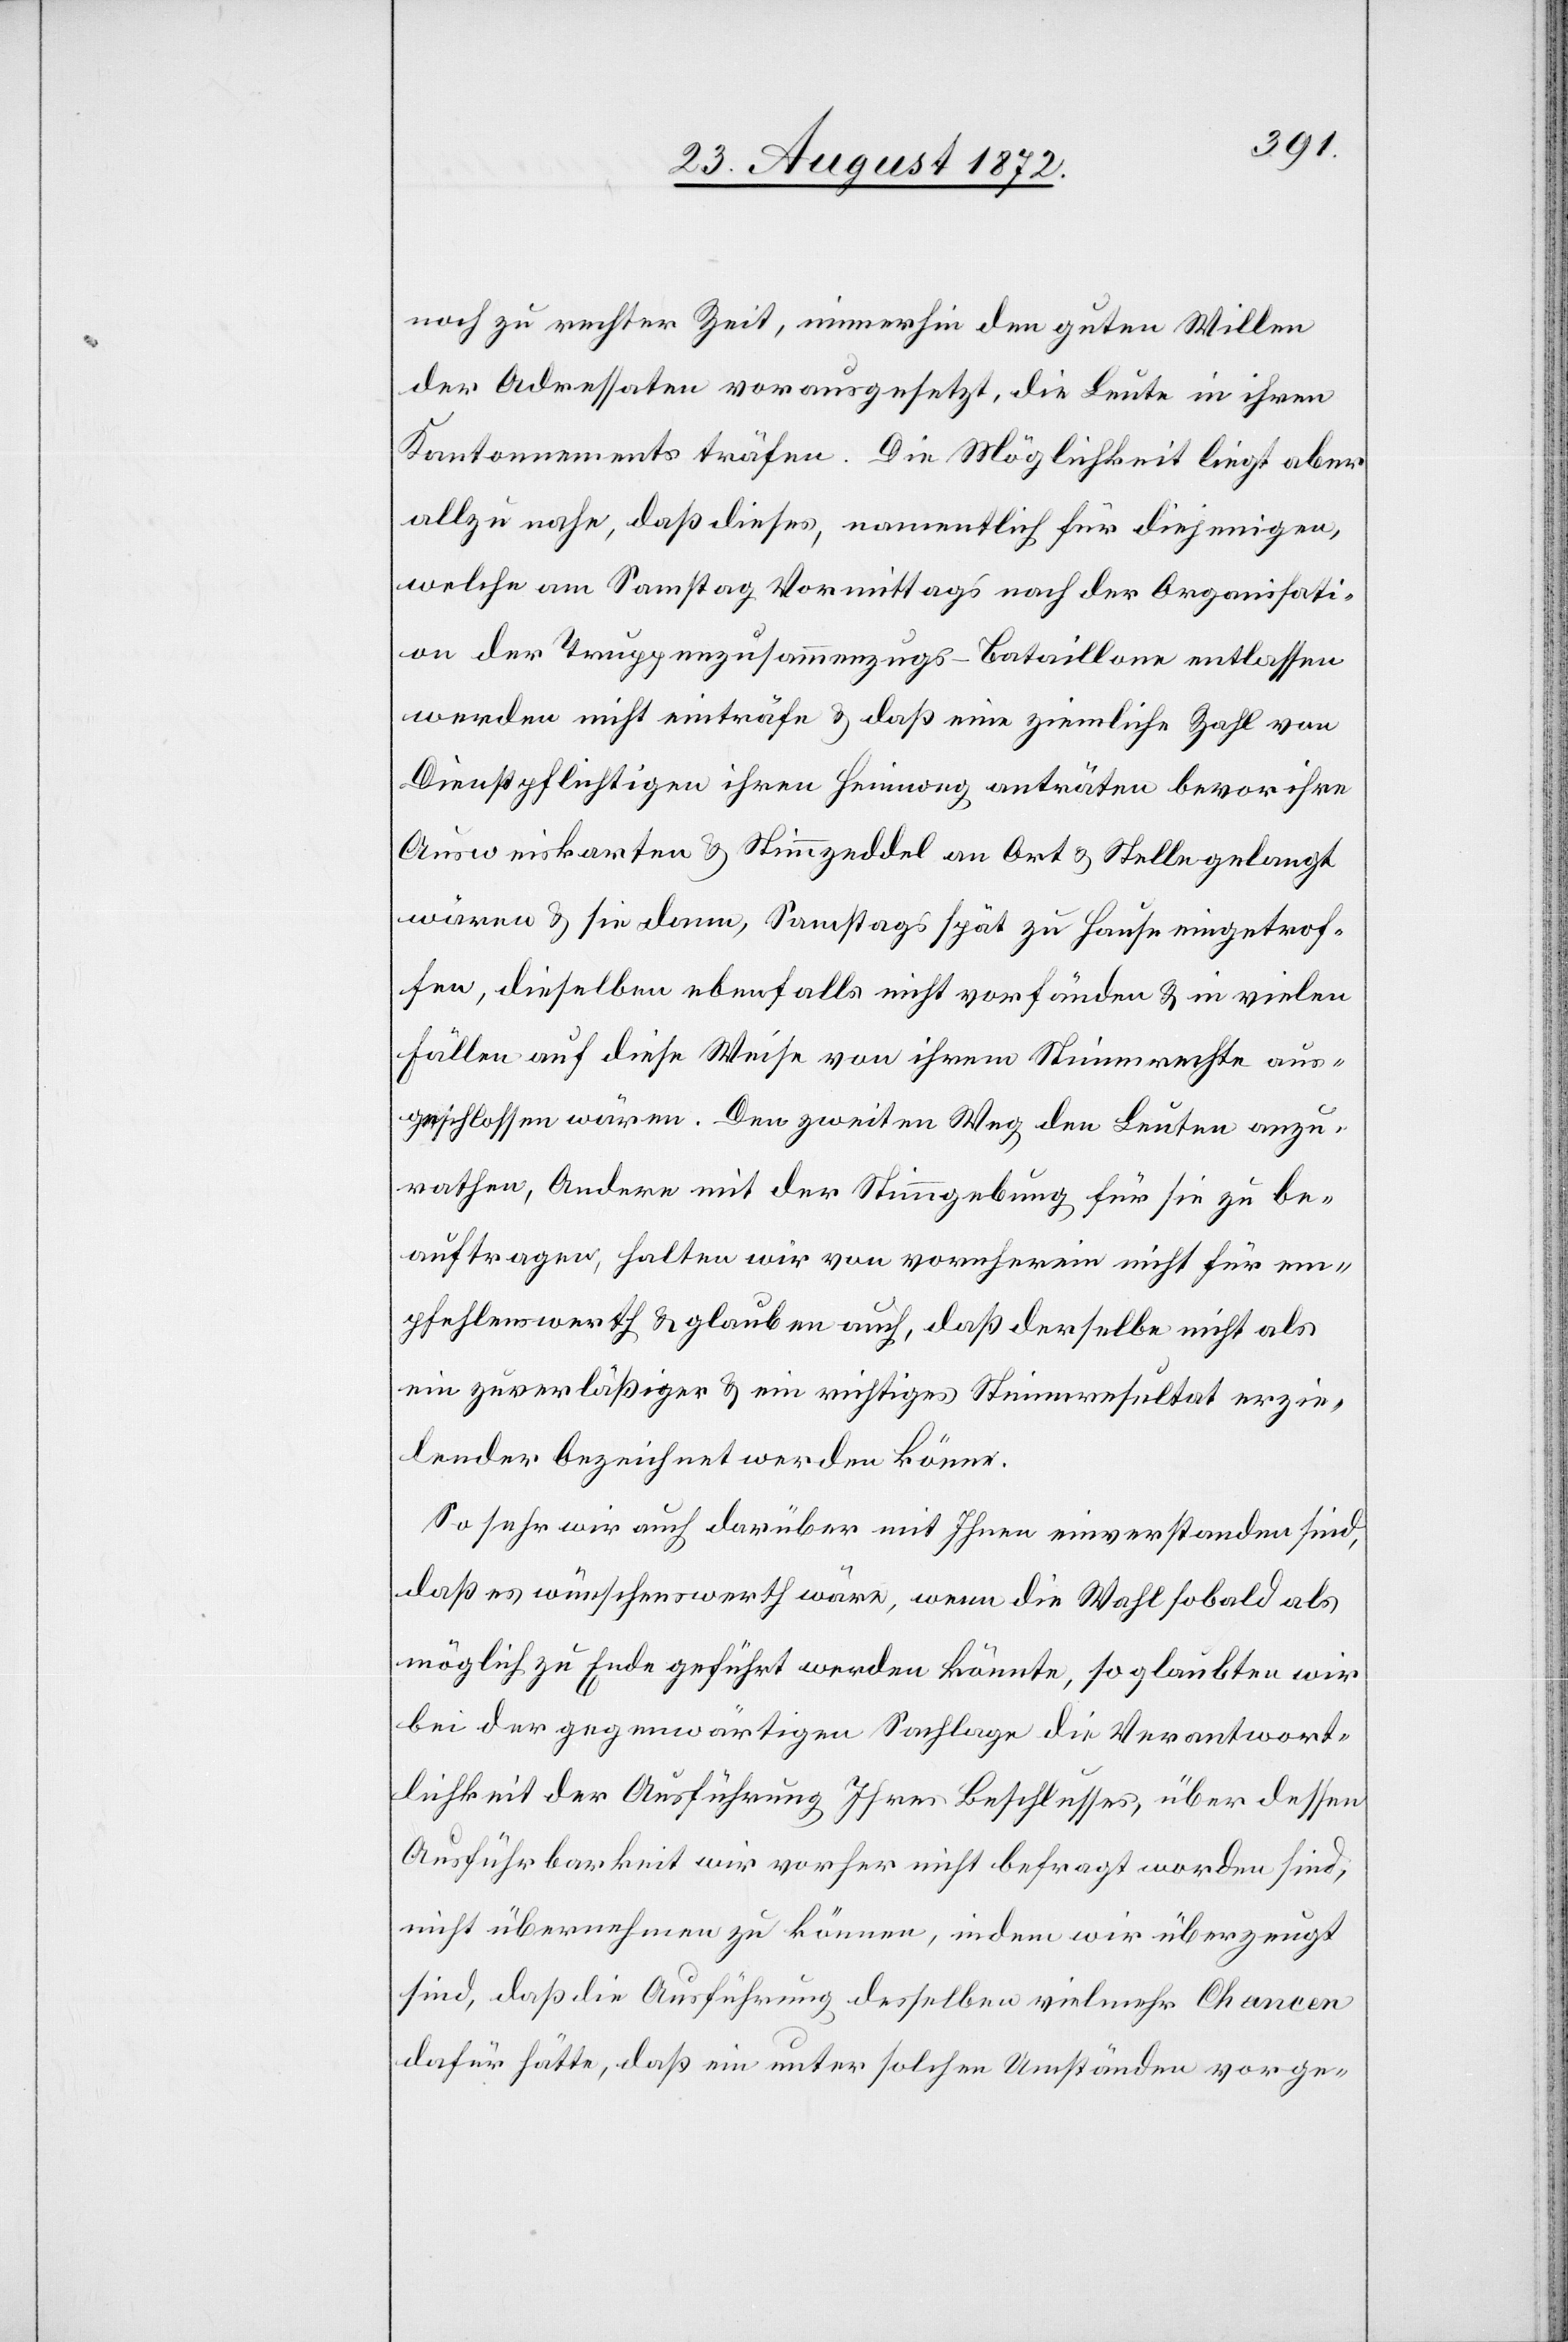
noch zu rechter Zeit, immerhin den guten Willen
der Adressaten vorausgesetzt, die Leute in ihren
Kantonnements träfen. Die Möglichkeit liegt aber
allzu nahe, daß dieses, namentlich für diejenigen,
welche am Samstag Vormittags nach der Organisati¬
on der Truppenzusammenzugs-Bataillone entlassen
werden nicht einträfe u. daß eine ziemliche Zahl von
Dienstpflichtigen ihren Heimweg anträten bevor ihre
Ausweiskarten u. Stimmzeddel an Ort u. Stelle gelangt
wären u. sie dann, Samstags spät zu Hause eingetrof¬
fen, dieselben ebenfalls nicht vorfänden u. in vielen
Fällen auf diese Weise von ihrem Stimmrechte aus¬
geschlossen wären. Den zweiten Weg den Leuten anzu¬
rathen, Andere mit der Stimmgebung für sie zu be¬
auftragen, halten wir von vornherein nicht für em¬
pfehlenswerth u. glauben auch, daß derselbe nicht als
ein zuverläßiger u. ein richtiges Stimmresultat erzie¬
lender bezeichnet werden könne.
So sehr wir auch darüber mit Ihnen einverstanden sind,
daß es wünschenswerth wäre, wenn die Wahl sobald als
möglich zu Ende geführt werden könnte, so glaubten wir
bei der gegenwärtigen Sachlage die Verantwort¬
lichkeit der Ausführung Ihres Beschlusses, über dessen
Ausführbarkeit wir vorher nicht befragt worden sind,
nicht übernehmen zu können, indem wir überzeugt
sind, daß die Ausführung desselben vielmehr Chancen
dafür hätte, daß ein unter solchen Umständen vorge-